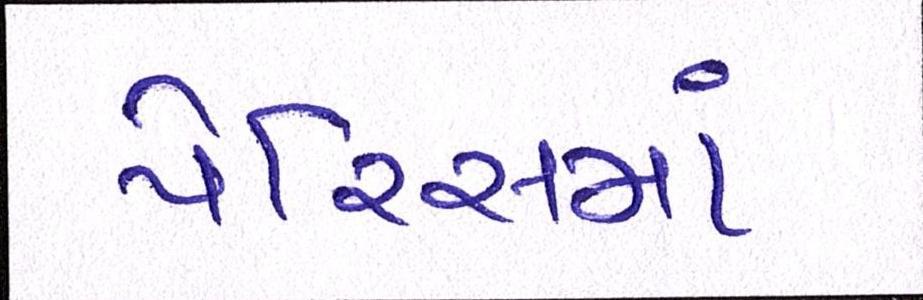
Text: પેરિસમાં